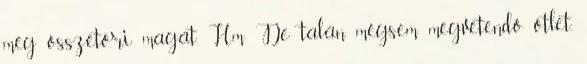
még összetöri magát. Hm De talán mégsem megvetendő ötlet,